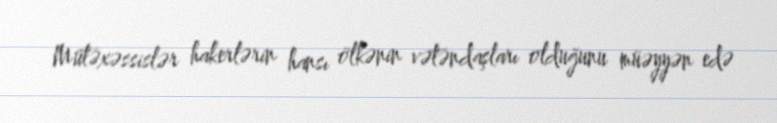
Mütəxəssislər hakerlərin hansı ölkənin vətəndaşları olduğunu müəyyən edə